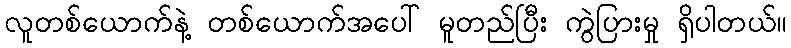
လူတစ်ယောက်နဲ့ တစ်ယောက်အပေါ် မူတည်ပြီး ကွဲပြားမှု ရှိပါတယ်။